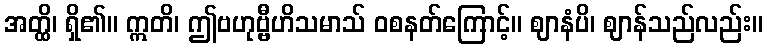
အတ္ထိ၊ ရှိ၏။ ဣတိ၊ ဤဗဟုဗ္ဗီဟိသမာသ် ဝစနတ်ကြောင့်။ ဈာနံပိ၊ ဈာန်သည်လည်း။